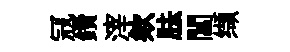
冦鑽滓欸胠閶缬